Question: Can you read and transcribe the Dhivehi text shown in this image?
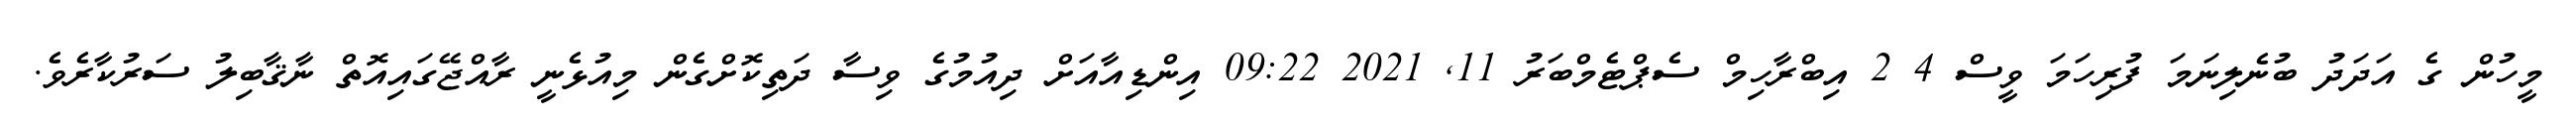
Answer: މީހުން ގެ އަދަދު ބުނެލިނަމަ ފުރިހަމަ ވީސް 4 2 އިބްރާހިމް ސެޕްޓެމްބަރު 11, 2021 09:22 އިންޑިއާއަށް ދިއުމުގެ ވިސާ ދަތިކޮށްގެން މިއުޅެނީ ރާއްޖޭގައިއޮތް ނާޤާބިލު ސަރުކާރެވެ.